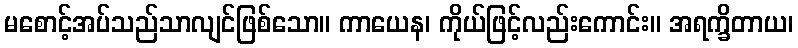
မစောင့်အပ်သည်သာလျင်ဖြစ်သော။ ကာယေန၊ ကိုယ်ဖြင့်လည်းကောင်း။ အရက္ခိတာယ၊